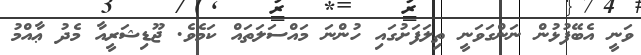
ވަނީ އެބޭފުޅުން ނަންގަވަނީ ތިލަފަށުގައި ހުންނަ މައްސަލަތައް ކަމެވެ. ޖޫޑިޝަރީއާ މެދު ޢާއްމު